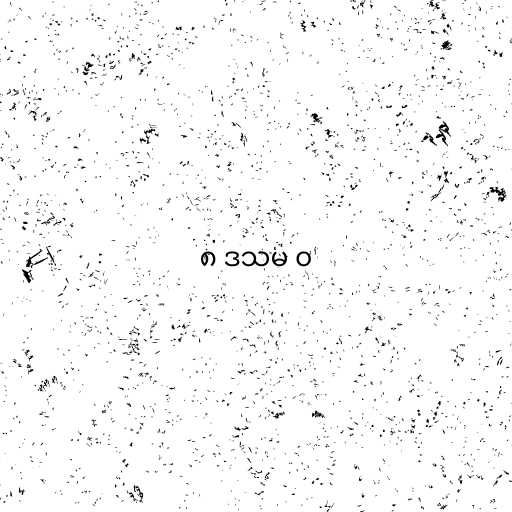
၈ ဒသမ ၀